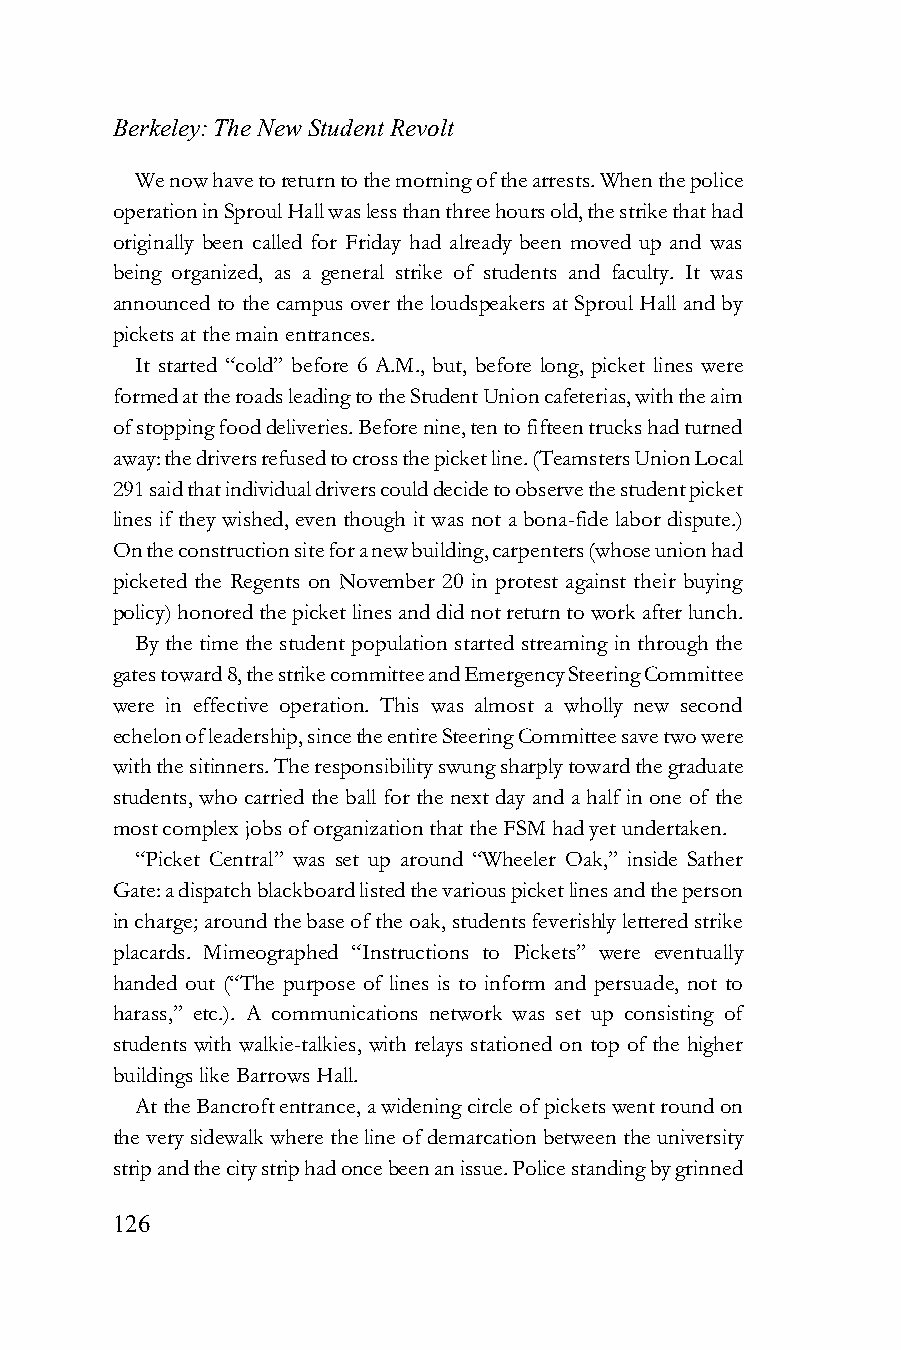
Berkeley: The New Student Revolt
 We now have to return to the morning of the arrests. When the police
 operation in Sproul Hall was less than three hours old, the strike that had
 originally been called for Friday had already been moved up and was
 being organized, as a general strike of students and faculty. It was
 announced to the campus over the loudspeakers at Sproul Hall and by
 pickets at the main entrances.
 It started “cold” before 6 A.M., but, before long, picket lines were
 formed at the roads leading to the Student Union cafeterias, with the aim
 of stopping food deliveries. Before nine, ten to fifteen trucks had turned
 away: the drivers refused to cross the picket line. (Teamsters Union Local
 291 said that individual drivers could decide to observe the student picket
 lines if they wished, even though it was not a bona-fide labor dispute.)
 On the construction site for a new building, carpenters (whose union had
 picketed the Regents on November 20 in protest against their buying
 policy) honored the picket lines and did not return to work after lunch.
 By the time the student population started streaming in through the
 gates toward 8, the strike committee and Emergency Steering Committee
 were in effective operation. This was almost a wholly new second
 echelon of leadership, since the entire Steering Committee save two were
 with the sitinners. The responsibility swung sharply toward the graduate
 students, who carried the ball for the next day and a half in one of the
 most complex jobs of organization that the FSM had yet undertaken.
 “Picket Central” was set up around “Wheeler Oak,” inside Sather
 Gate: a dispatch blackboard listed the various picket lines and the person
 in charge; around the base of the oak, students feverishly lettered strike
 placards. Mimeographed “Instructions to Pickets” were eventually
 handed out (“The purpose of lines is to inform and persuade, not to
 harass,” etc.). A communications network was set up consisting of
 students with walkie-talkies, with relays stationed on top of the higher
 buildings like Barrows Hall.
 At the Bancroft entrance, a widening circle of pickets went round on
 the very sidewalk where the line of demarcation between the university
 strip and the city strip had once been an issue. Police standing by grinned
 126